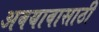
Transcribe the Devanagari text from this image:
अवयावासाठी